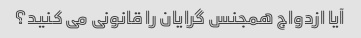
آیا ازدواج همجنس گرایان را قانونی می کنید؟